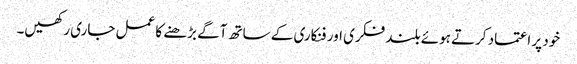
خود پر اعتماد کرتے ہوئے بلند فکری اور فنکاری کے ساتھ آگے بڑھنے کا عمل جاری رکھیں۔